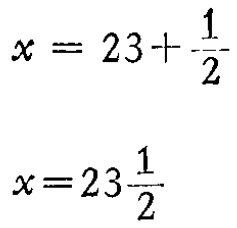
\[

x = 23+\frac{1}{2}

\]

\[

x = 23\frac{1}{2}

\]